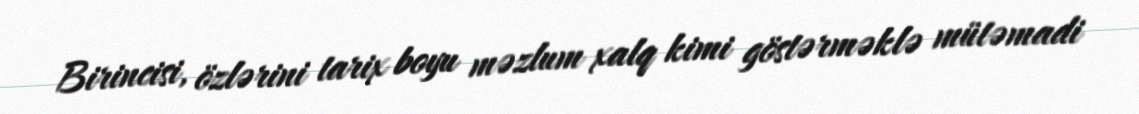
Birincisi, özlərini tarix boyu məzlum xalq kimi göstərməklə mütəmadi